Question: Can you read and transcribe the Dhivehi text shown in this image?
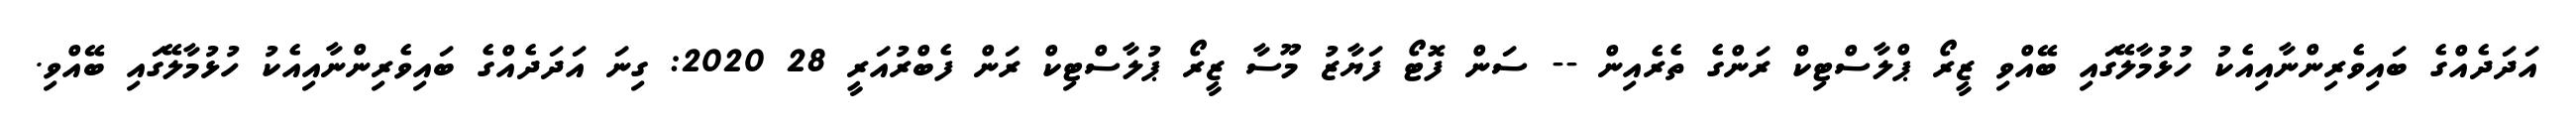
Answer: އަދަދެއްގެ ބައިވެރިންނާއިއެކު ހުޅުމާލޭގައި ބޭއްވި ޒީރޯ ޕްލާސްޓިކް ރަންގެ ތެރެއިން -- ސަން ފޮޓޯ ފަޔާޒު މޫސާ ޒީރޯ ޕުލާސްޓިކް ރަން ފެބްރުއަރީ 28 2020: ގިނަ އަދަދެއްގެ ބައިވެރިންނާއިއެކު ހުޅުމާލޭގައި ބޭއްވި.